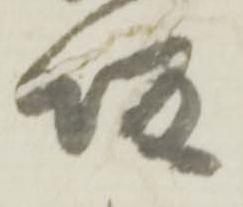
坂